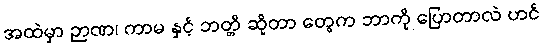
အထဲမှာ ဉာဏ၊ ကာမ နှင့် ဘတ္တိ ဆိုတာ တွေက ဘာကို ပြောတာလဲ ဟင်